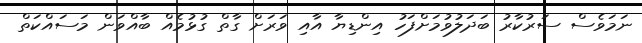
ނަމަވެސް ސަރުކާރު ބަދަލުވުމަށްފަހު އިންޑިޔާ އާއި ވަރަށް ގާތް ގުޅުމެއް ބާއްވަން މަސައްކަތް